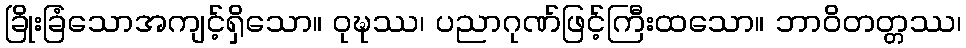
ခြိုးခြံသောအကျင့်ရှိသော။ ဝုဍ္ဎဿ၊ ပညာဂုဏ်ဖြင့်ကြီးထသော။ ဘာဝိတတ္တဿ၊